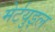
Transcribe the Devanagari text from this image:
मेर्टयुइल